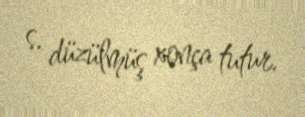
s. düzülmüş xonça tutur.